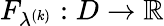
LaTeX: F_{\lambda^{(k)}}:D\to\mathbb{R}